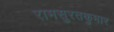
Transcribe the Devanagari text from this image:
रामसुरतकुमार